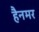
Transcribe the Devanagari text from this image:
हैनमर